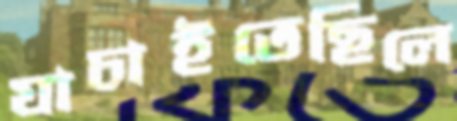
যাচাইতেছিলে